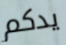
يدكم